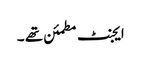
ایجنٹ مطمئن تھے ۔